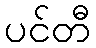
ပင်တီ